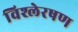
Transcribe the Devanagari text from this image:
विश्लेरषण